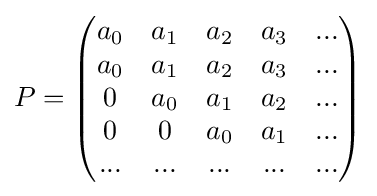
P={\begin{pmatrix}a_{0}&a_{1}&a_{2}&a_{3}&...\\a_{0}&a_{1}&a_{2}&a_{3}&...\\0&a_{0}&a_{1}&a_{2}&...\\0&0&a_{0}&a_{1}&...\\...&...&...&...&...\\\end{pmatrix}}